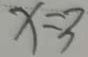
x = 3